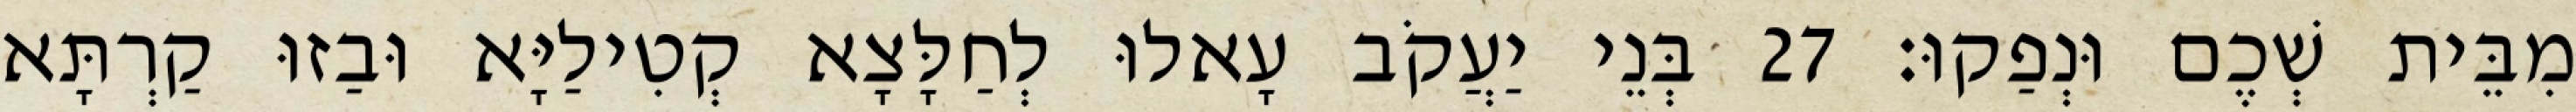
מִבֵּית שְׁכֶם וּנְפַקוּ׃ 27 בְּנֵי יַעֲקֹב עָאלוּ לְחַלָּצָא קְטִילַיָּא וּבַזוּ קַרְתָּא